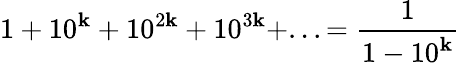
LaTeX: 1+10^{\mathbf{k}}+10^{2\mathbf{k}}+10^{3\mathbf{k}}+...={\frac{{1}}{{1-10^{\mathbf{k}}}}}